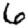
Digit: 6